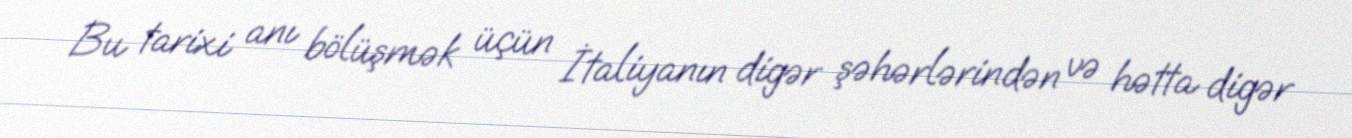
Bu tarixi anı bölüşmək üçün İtaliyanın digər şəhərlərindən və hətta digər